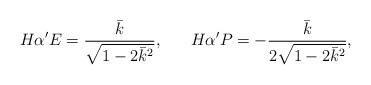
LaTeX: \begin{align*}H\alpha'E=\frac{\bar{k}}{\sqrt{1-2\bar{k}^2}},\;\;\;\;\;\;H\alpha'P=-\frac{\bar{k}}{2\sqrt{1-2\bar{k}^2}},\end{align*}